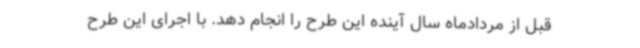
قبل از مردادماه سال آینده این طرح را انجام دهد. با اجرای این طرح